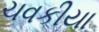
ચવકીયા